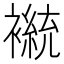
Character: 𫌒